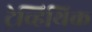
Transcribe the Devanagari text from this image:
ट्रेव्हिथिक